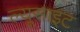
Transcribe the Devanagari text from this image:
ल्यूसाइट